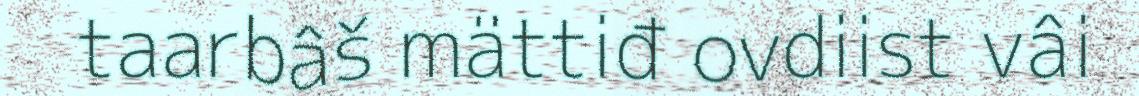
taarbâš mättiđ ovdiist vâi